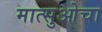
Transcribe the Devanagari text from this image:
मात्सुओचा